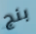
بنج